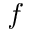
f